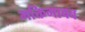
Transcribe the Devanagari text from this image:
भक्तिभावव